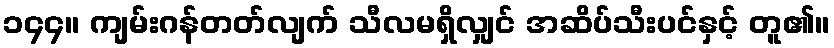
၁၄၄။ ကျမ်းဂန်တတ်လျက် သီလမရှိလျှင် အဆိပ်သီးပင်နှင့် တူ၏။